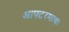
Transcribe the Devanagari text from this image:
आफ्टरमाथः